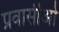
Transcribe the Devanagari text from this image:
प्रवासीओ